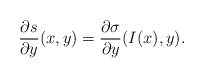
\begin{align*}\frac{\partial s}{\partial y}(x,y)=\frac{\partial \sigma}{\partial y}(I(x),y).\end{align*}